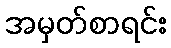
အမှတ်စာရင်း